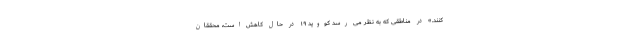
کنند.» در مناطقی که به نظر می رسد کووید ۱۹ در حال کاهش است، محققان